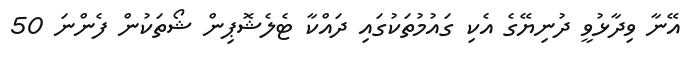
އޭނާ ވިދާޅުވީ ދުނިޔޭގެ އެކި ގައުމުތަކުގައި ދައްކާ ޓެލެޝޮޕިން ޝޯތަކުން ފެންނަ 50